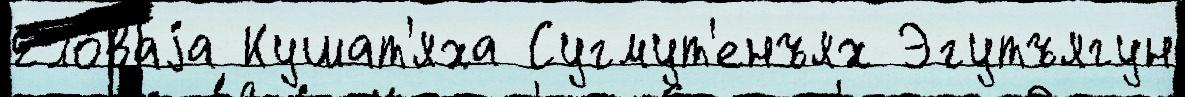
Ело́ваjа Кушат'яха Сугмут'енъях Эгутъягун